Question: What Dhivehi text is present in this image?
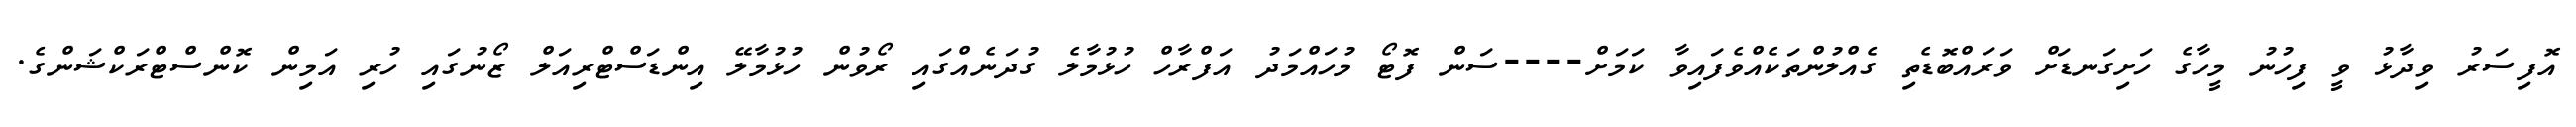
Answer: އޮފިސަރު ވިދާޅު ވީ ފިހުނު މީހާގެ ހަށިގަނޑަށް ވަރައްބޮޑެތި ގެއްލުންތަކެއްވެފައިވާ ކަމަށް----ސަން ފޮޓޯ މުހައްމަދު އަފްރާހް ހުޅުމާލެ ގުދަނެއްގައި ރޯވުން ހުޅުމާލޭ އިންޑަސްޓްރިއަލް ޒޯނުގައި ހުރި އަމިން ކޮންސްޓްރަކްޝަންގެ.